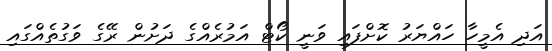
އަދި އެމީހާ ހައްޔަރު ކޮށްފައި ވަނީ ކޯޓް އަމުރެއްގެ ދަށުން ރޭގެ ވަގުތެއްގައި